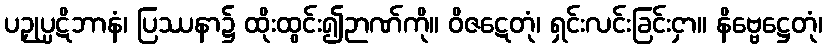
ပဉှုပ္ပဋိဘာနံ၊ ပြဿနာ၌ ထိုးထွင်း၍ဉာဏ်ကို။ ဝိဇဋေတုံ၊ ရှင်းလင်းခြင်းငှာ။ နိဗ္ဗေဋ္ဌေတုံ၊